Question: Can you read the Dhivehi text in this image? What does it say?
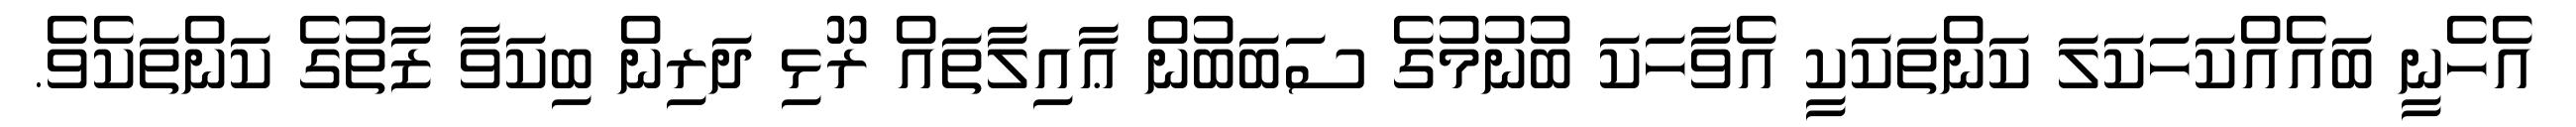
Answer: އެހެނީ ބައެއްކަހަކަލަ ކަންތަކަކީ އެވާހަކަ ބުނުމުގެ ސަބަބުން ޢާއިލާތައް ރޫޅި ދަރިން ބިކަވާ ޒާތުގެ ކަންތަކެވެ.